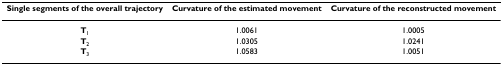
<table><thead><tr><td><b>Single segments of the overall trajectory</b></td><td><b>Curvature of the estimated movement</b></td><td><b>Curvature of the reconstructed movement</b></td></tr></thead><tbody><tr><td><b>T</b><sub>1</sub></td><td>1.0061</td><td>1.0005</td></tr><tr><td><b>T</b><sub>2</sub></td><td>1.0305</td><td>1.0241</td></tr><tr><td><b>T</b><sub>3</sub></td><td>1.0583</td><td>1.0051</td></tr></tbody></table>